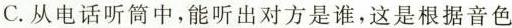
C.从电话听筒中，能听出对方是谁，这是根据音色